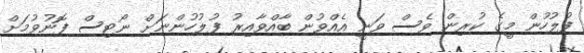
ފުލުހުން މީގެ ކުރިން ވެސް ވަނީ އެއްވުން ބާއްވާއިރު ފުލުހުންނަށް ނޯޓިސް ފޮނުވުމަށް